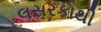
લસરકાથી